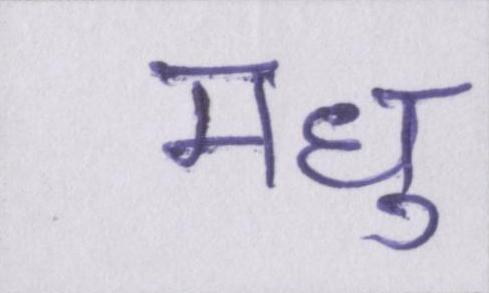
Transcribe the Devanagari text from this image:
मधु